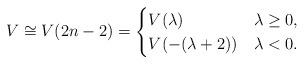
LaTeX: \begin{align*} V\cong V(2n-2)=\begin{cases} V(\lambda)& \lambda\geq 0,\\ V(-(\lambda+2))& \lambda<0 . \end{cases} \end{align*}